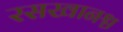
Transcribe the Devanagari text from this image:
रसखानश्च